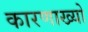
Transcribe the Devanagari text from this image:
कारणाख्यो